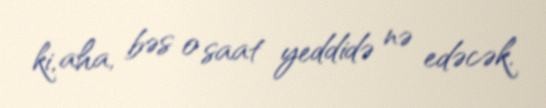
ki, aha, bəs o saat yeddidə nə edəcək.